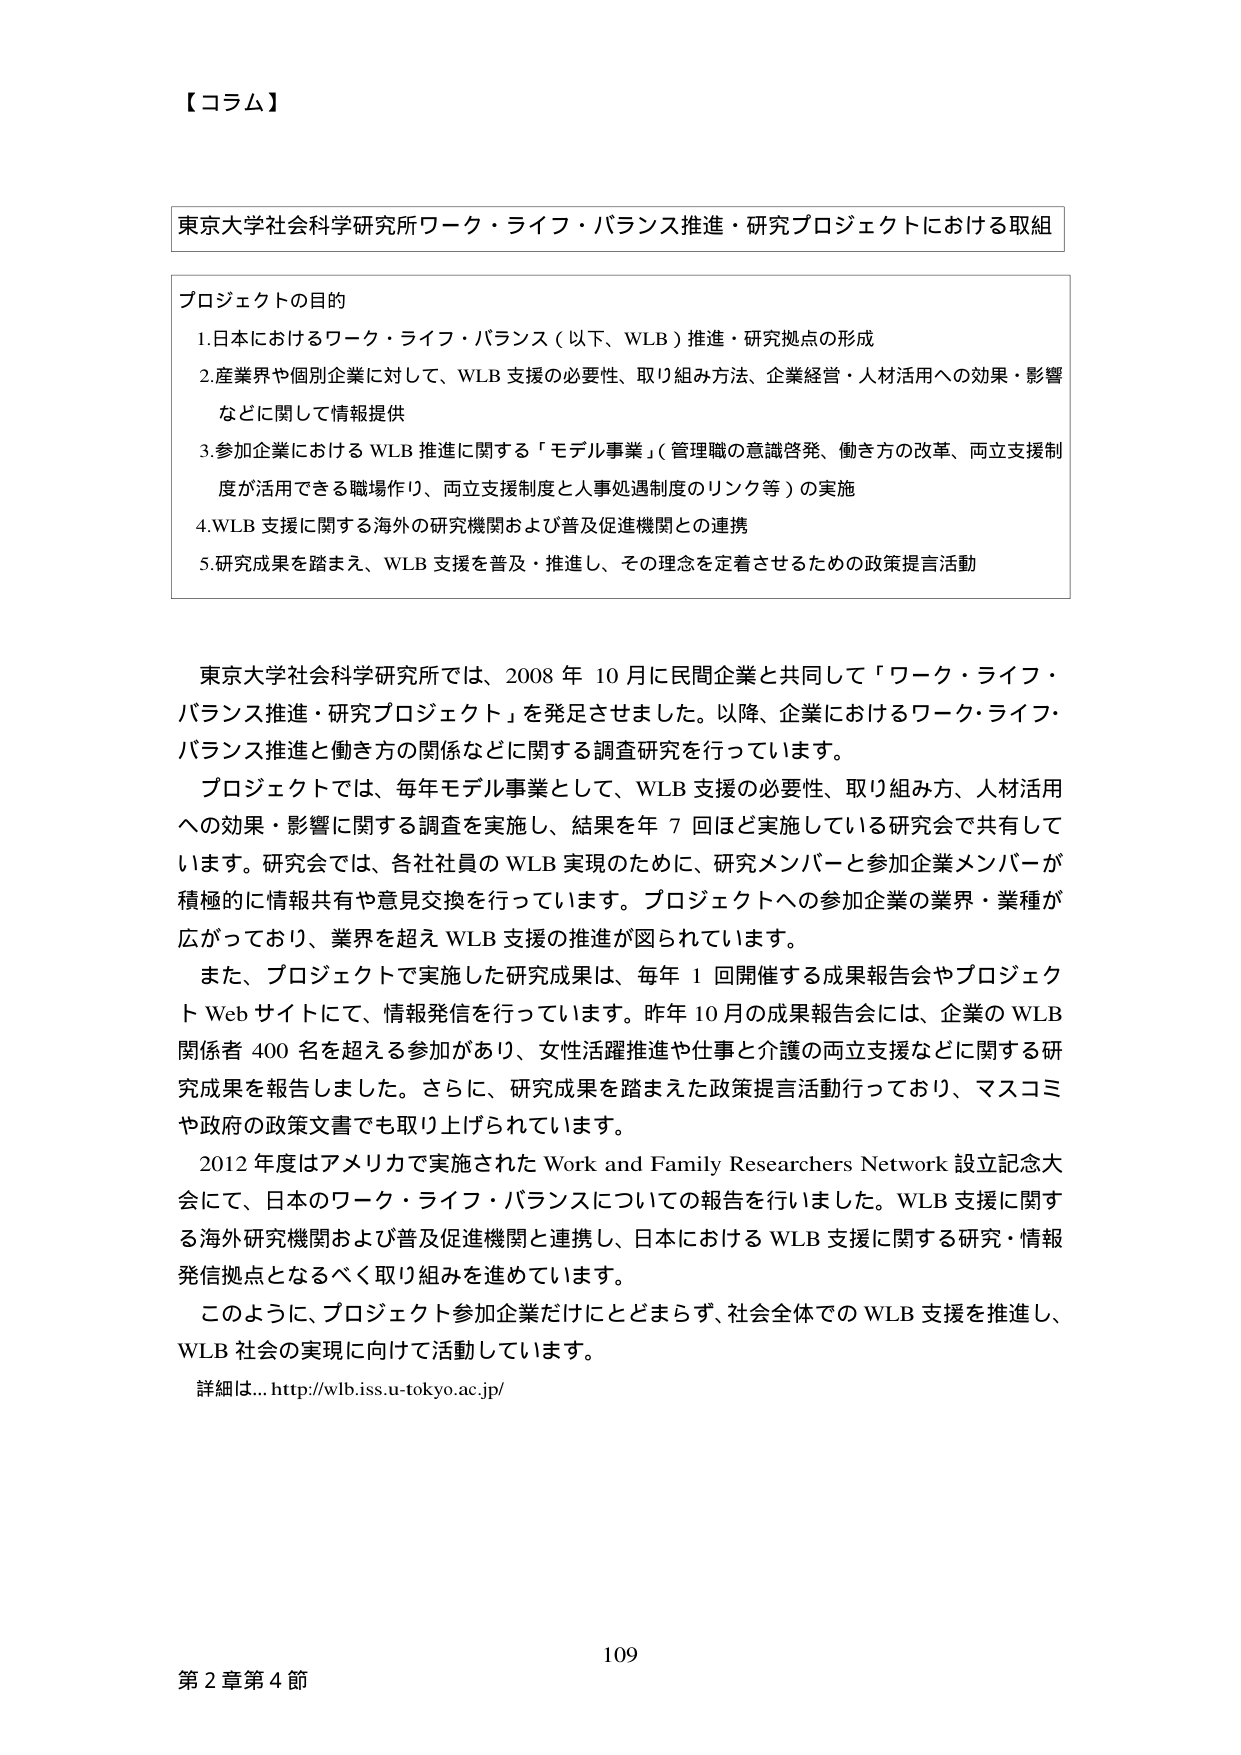
【コラム】

東京大学社会科学研究所ワーク・ライフ・バランス推進・研究プロジェクトにおける取組

プロジェクトの目的
1. 日本におけるワーク・ライフ・バランス（以下、WLB）推進・研究拠点の形成
2. 産業界や個別企業に対して、WLB支援の必要性、取り組み方法、企業経営・人材活用への効果・影響などに関して情報提供
3. 参加企業におけるWLB推進に関する「モデル事業」（管理職の意識啓発、働き方の改革、両立支援制度が活用できる職場作り、両立支援制度と人事処遇制度のリンク等）の実施
4. WLB支援に関する海外の研究機関および普及促進機関との連携
5. 研究成果を踏まえ、WLB支援を普及・推進し、その理念を定着させるための政策提言活動

東京大学社会科学研究所では、2008年10月に民間企業と共同して「ワーク・ライフ・バランス推進・研究プロジェクト」を発足させました。以降、企業におけるワーク・ライフ・バランス推進と働き方の関係などに関する調査研究を行っています。
プロジェクトでは、毎年モデル事業として、WLB支援の必要性、取り組み方、人材活用への効果・影響に関する調査を実施し、結果を年7回ほど実施している研究会で共有しています。研究会では、各社社員のWLB実現のために、研究メンバーと参加企業メンバーが積極的に情報共有や意見交換を行っています。プロジェクトへの参加企業の業界・業種が広がっており、業界を超えWLB支援の推進が図られています。
また、プロジェクトで実施した研究成果は、毎年1回開催する成果報告会やプロジェクトWebサイトにて、情報発信を行っています。昨年10月の成果報告会には、企業のWLB関係者400名を超える参加があり、女性活躍推進や仕事と介護の両立支援などに関する研究成果を報告しました。さらに、研究成果を踏まえた政策提言活動行っており、マスコミや政府の政策文書でも取り上げられています。
2012年度はアメリカで実施されたWork and Family Researchers Network設立記念大会にて、日本のワーク・ライフ・バランスについての報告を行いました。WLB支援に関する海外研究機関および普及促進機関と連携し、日本におけるWLB支援に関する研究・情報発信拠点となるべく取り組みを進めています。
このように、プロジェクト参加企業だけにとどまらず、社会全体でのWLB支援を推進し、WLB社会の実現に向けて活動しています。
詳細は…http://wlb.iss.u-tokyo.ac.jp/

109
第2章第4節